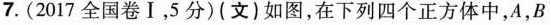
7. (2017全国卷Ⅰ，5分) (文) 如图，在下列四个正方体中，A，B